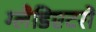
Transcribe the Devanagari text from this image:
ग्लैडिएटरों